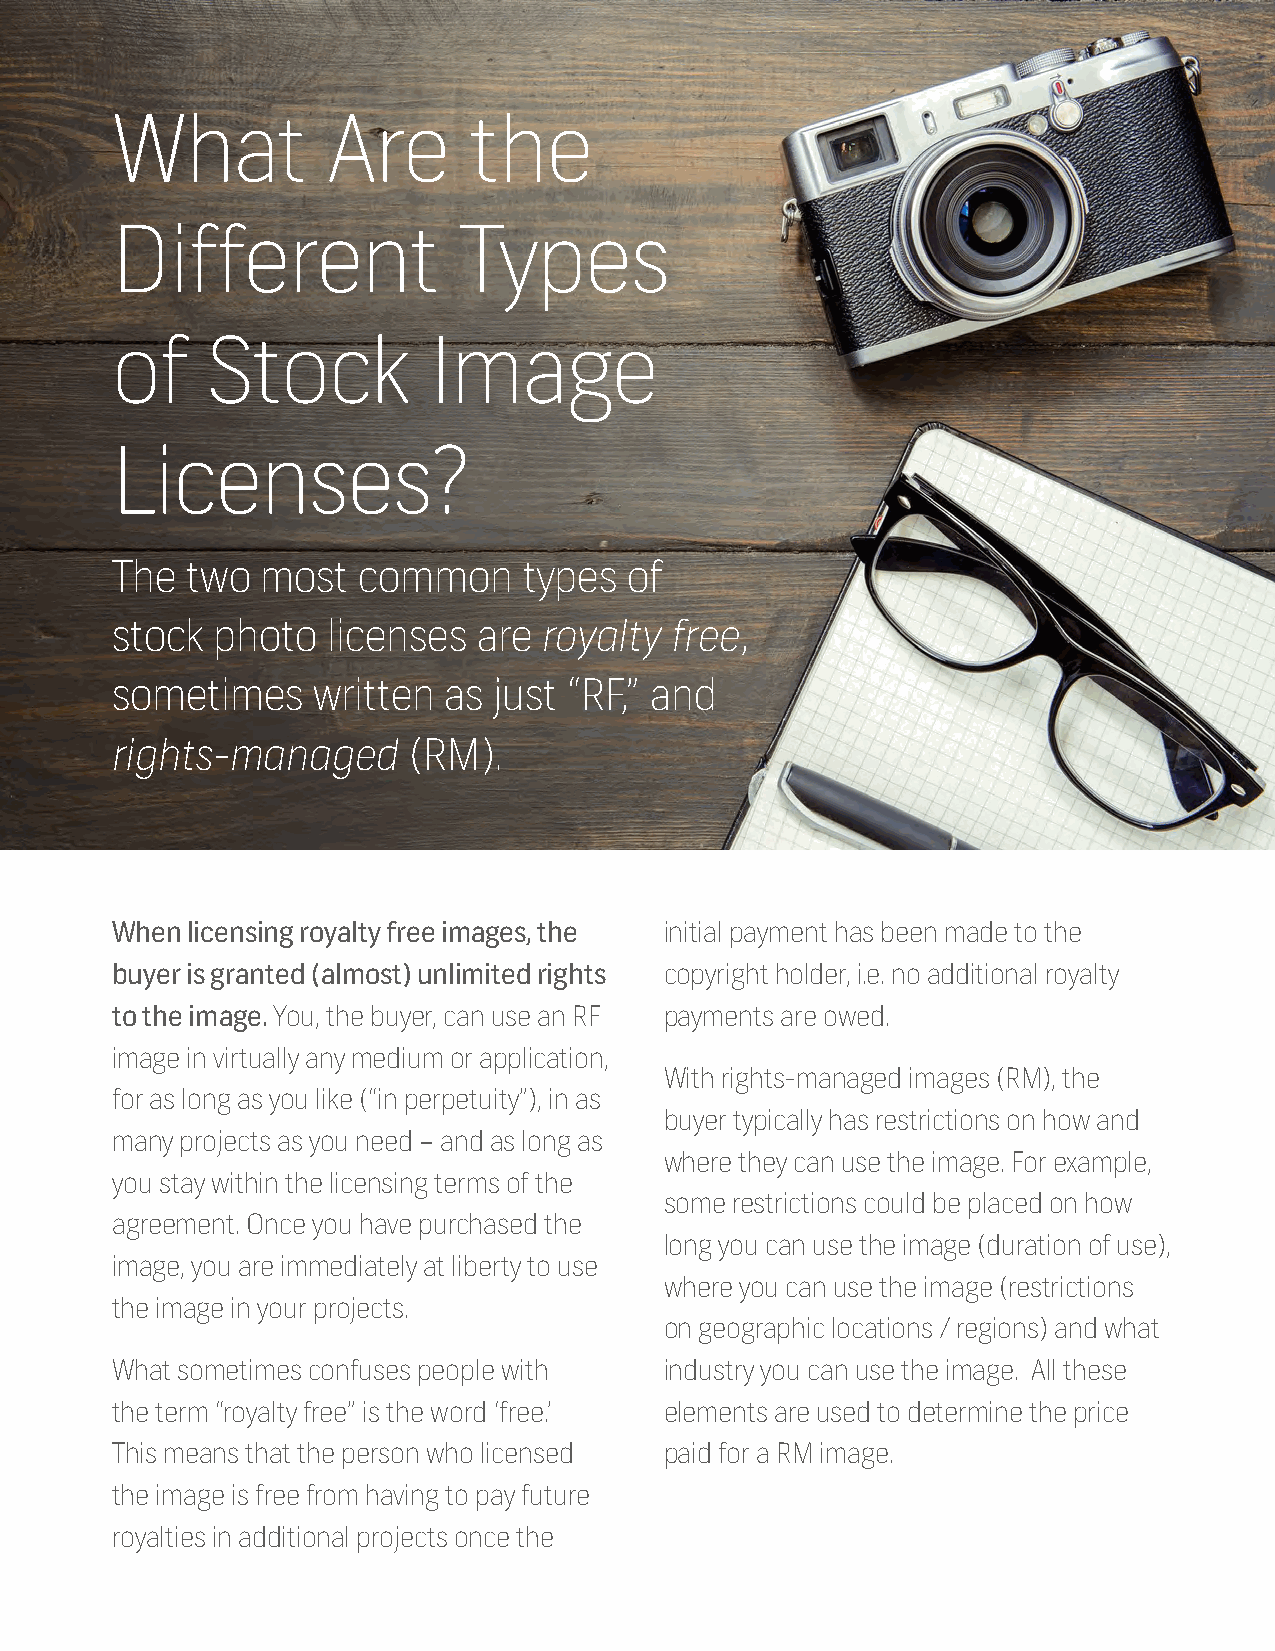
What           Are      the
 Different              Types
 of     Stock         Image
 Licenses?
 The  two  most   common     types  of
 stock  photo   licenses  are royalty free,
 sometimes     written as  just “RF,” and
 rights-managed      (RM).
 When licensing royalty free images, the initial payment has been made to the
 buyer is granted (almost) unlimited rights copyright holder, i.e. no additional royalty
 to the image. You, the buyer, can use an RF payments are owed.
 image in virtually any medium or application,
 With rights-managed images (RM), the
 for as long as you like (“in perpetuity”), in as
 buyer typically has restrictions on how and
 many projects as you need – and as long as
 where they can use the image. For example,
 you stay within the licensing terms of the
 some restrictions could be placed on how
 agreement. Once you have purchased the
 long you can use the image (duration of use),
 image, you are immediately at liberty to use
 where you can use the image (restrictions
 the image in your projects.
 on geographic locations / regions) and what
 What sometimes confuses people with  industry you can use the image. All these
 the term “royalty free” is the word ‘free.’ elements are used to determine the price
 This means that the person who licensed paid for a RM image.
 the image is free from having to pay future
 royalties in additional projects once the